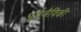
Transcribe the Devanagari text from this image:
पूर्वजैविकी